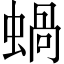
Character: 蝸